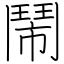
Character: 鬧